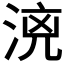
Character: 𣶑